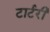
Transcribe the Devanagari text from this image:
टार्टरी